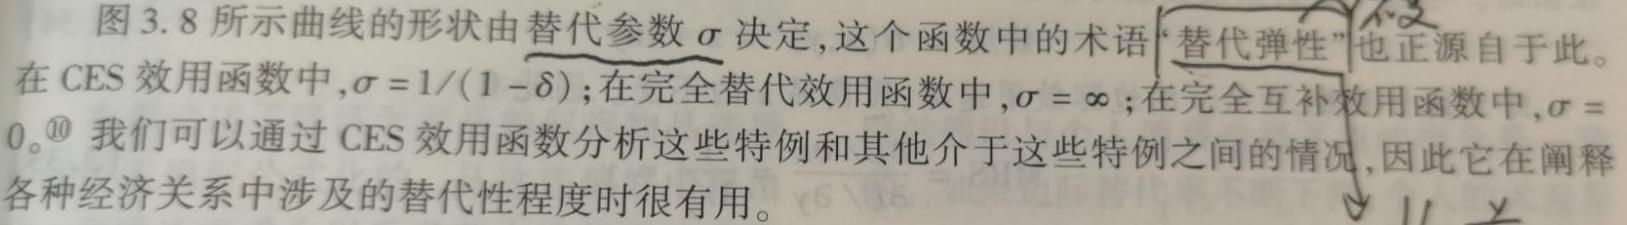
图 3.8 所示曲线的形状由替代参数 $\sigma$ 决定, 这个函数中的术语 “替代弹性” 也正源自于此。在 CES 效用函数中, $\sigma = 1/(1 - \delta)$; 在完全替代效用函数中, $\sigma = \infty$; 在完全互补效用函数中, $\sigma = 0$。我们可以通过 CES 效用函数分析这些特例和其他介于这些特例之间的情况, 因此它在阐释各种经济关系中涉及的替代性程度时很有用。